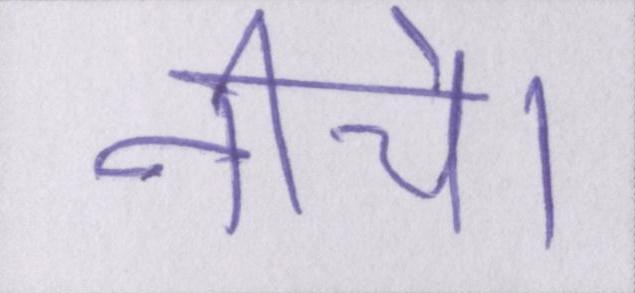
नीचे।